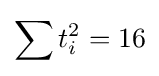
\sum t_{i}^{2}=16